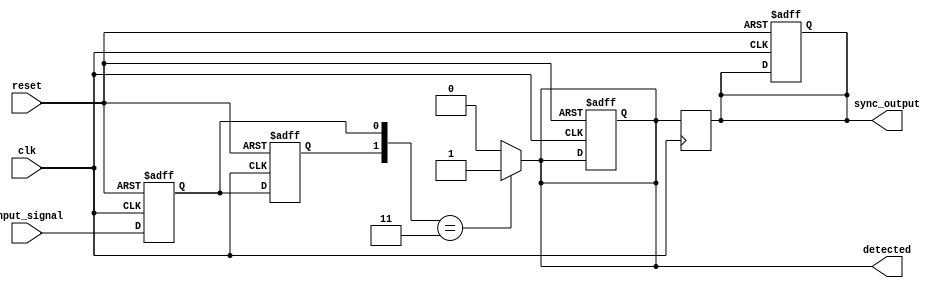
module dual_ff_detector (
    input wire input_signal,  // Primary input signal to be monitored
    input wire clk,           // Clock signal for synchronization
    input wire reset,         // Reset signal
    output reg detected,      // Output signal indicating if the pattern is detected
    output reg sync_output     // Synchronized output based on detection
);

    // Internal signals for the flip-flops
    reg ff1, ff2;             // Outputs of the two flip-flops

    // Pattern to be detected (example: 2'b11)
    parameter PATTERN = 2'b11;

    // Flip-Flop logic
    always @(posedge clk or posedge reset) begin
        if (reset) begin
            ff1 <= 1'b0;       // Initialize FF1 to 0 on reset
            ff2 <= 1'b0;       // Initialize FF2 to 0 on reset
            detected <= 1'b0;  // Reset detected signal
            sync_output <= 1'b0; // Reset sync output
        end else begin
            ff1 <= input_signal; // Sample input_signal into FF1
            ff2 <= ff1;          // Transfer FF1 output to FF2
        end
    end

    // Detection logic
    always @(*) begin
        if ({ff2, ff1} == PATTERN) begin
            detected = 1'b1;    // Set detected high if pattern matches
        end else begin
            detected = 1'b0;    // Set detected low if pattern does not match
        end
    end

    // Synchronization logic
    always @(posedge clk) begin
        sync_output <= detected; // Synchronize detected signal with clock
    end

endmodule